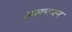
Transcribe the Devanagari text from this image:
अलगपन